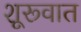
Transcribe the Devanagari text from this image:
शूरूवात